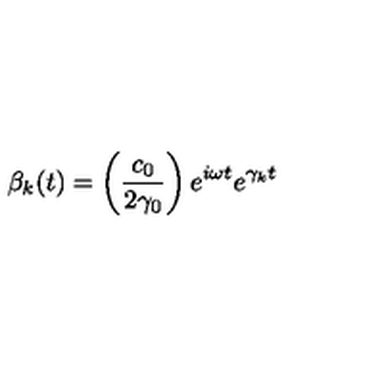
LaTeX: \beta _ { k } ( t ) = \left( \frac { c _ { 0 } } { 2 \gamma _ { 0 } } \right) e ^ { i \omega t } e ^ { \gamma _ { k } t }